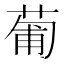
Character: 葡